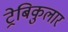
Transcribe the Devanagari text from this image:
ट्रेबिकुलार